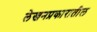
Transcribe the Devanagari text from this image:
लेखनप्रकारातील